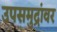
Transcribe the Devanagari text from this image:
उपसमुद्रांवर